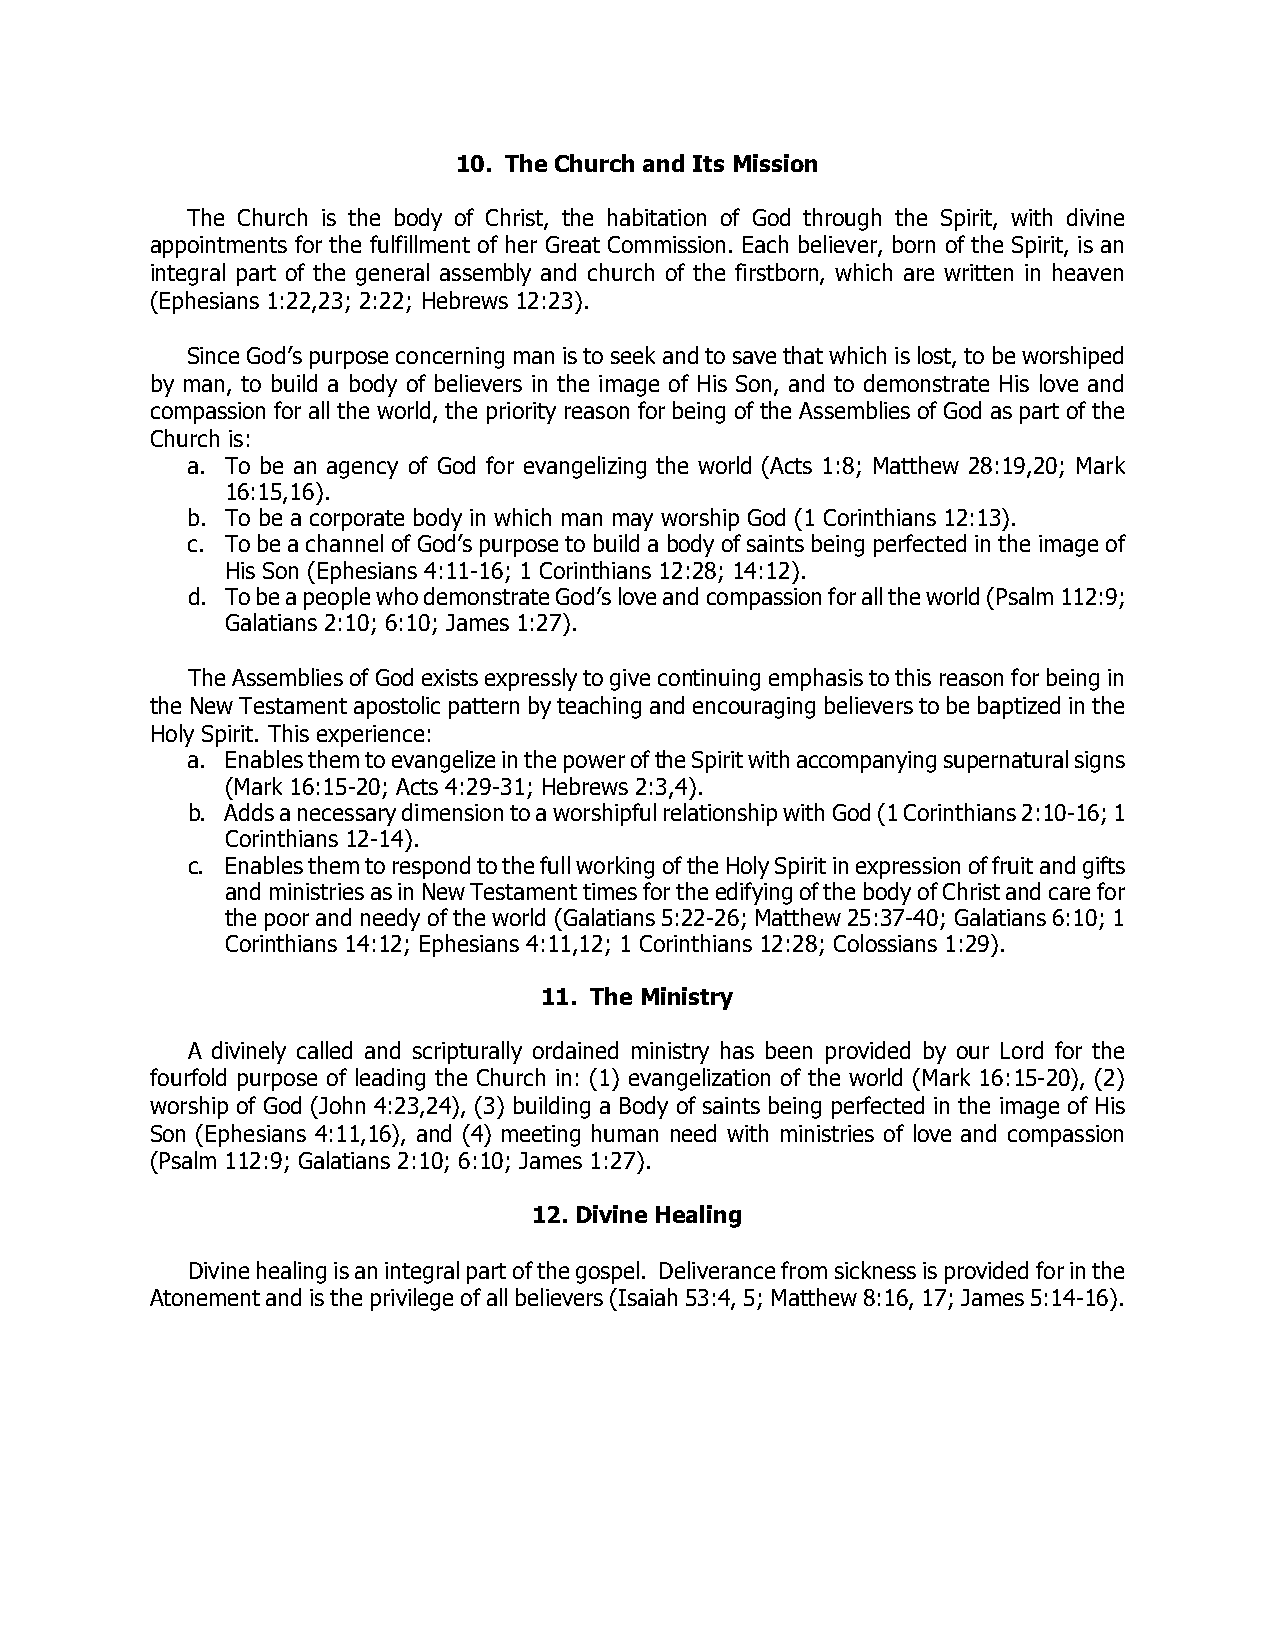
10. The Church and Its Mission
 The Church is the body of Christ, the habitation of God through the Spirit, with divine
 appointments for the fulfillment of her Great Commission. Each believer, born of the Spirit, is an
 integral part of the general assembly and church of the firstborn, which are written in heaven
 (Ephesians 1:22,23; 2:22; Hebrews 12:23).
 Since God’s purpose concerning man is to seek and to save that which is lost, to be worshiped
 by man, to build a body of believers in the image of His Son, and to demonstrate His love and
 compassion for all the world, the priority reason for being of the Assemblies of God as part of the
 Church is:
 a. To be an agency of God for evangelizing the world (Acts 1:8; Matthew 28:19,20; Mark
 16:15,16).
 b. To be a corporate body in which man may worship God (1 Corinthians 12:13).
 c. To be a channel of God’s purpose to build a body of saints being perfected in the image of
 His Son (Ephesians 4:11-16; 1 Corinthians 12:28; 14:12).
 d. To be a people who demonstrate God’s love and compassion for all the world (Psalm 112:9;
 Galatians 2:10; 6:10; James 1:27).
 The Assemblies of God exists expressly to give continuing emphasis to this reason for being in
 the New Testament apostolic pattern by teaching and encouraging believers to be baptized in the
 Holy Spirit. This experience:
 a. Enables them to evangelize in the power of the Spirit with accompanying supernatural signs
 (Mark 16:15-20; Acts 4:29-31; Hebrews 2:3,4).
 b. Adds a necessary dimension to a worshipful relationship with God (1 Corinthians 2:10-16; 1
 Corinthians 12-14).
 c. Enables them to respond to the full working of the Holy Spirit in expression of fruit and gifts
 and ministries as in New Testament times for the edifying of the body of Christ and care for
 the poor and needy of the world (Galatians 5:22-26; Matthew 25:37-40; Galatians 6:10; 1
 Corinthians 14:12; Ephesians 4:11,12; 1 Corinthians 12:28; Colossians 1:29).
 11. The Ministry
 A divinely called and scripturally ordained ministry has been provided by our Lord for the
 fourfold purpose of leading the Church in: (1) evangelization of the world (Mark 16:15-20), (2)
 worship of God (John 4:23,24), (3) building a Body of saints being perfected in the image of His
 Son (Ephesians 4:11,16), and (4) meeting human need with ministries of love and compassion
 (Psalm 112:9; Galatians 2:10; 6:10; James 1:27).
 12. Divine Healing
 Divine healing is an integral part of the gospel. Deliverance from sickness is provided for in the
 Atonement and is the privilege of all believers (Isaiah 53:4, 5; Matthew 8:16, 17; James 5:14-16).